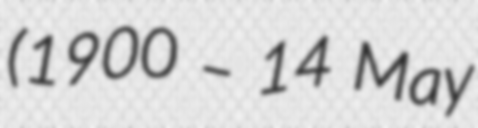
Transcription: (1900 – 14 May